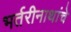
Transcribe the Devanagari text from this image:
भर्तरीनाथांचे